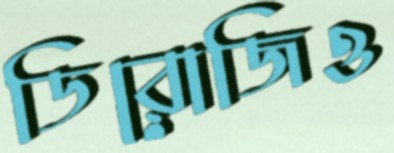
ডিরোজিও